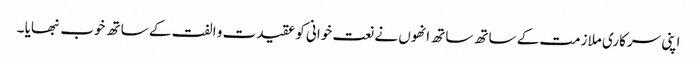
اپنی سرکاری ملازمت کے ساتھ ساتھ انھوں نے نعت خوانی کو عقیدت و الفت کے ساتھ خوب نبھایا ۔